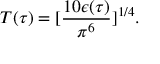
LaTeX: T ( \tau ) = [ { \frac { 1 0 \epsilon ( \tau ) } { \pi ^ { 6 } } } ] ^ { 1 / 4 } .